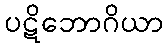
ပဋိဘောဂိယာ